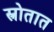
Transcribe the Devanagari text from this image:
स्त्रोतात